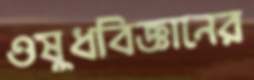
ওষুধবিজ্ঞানের